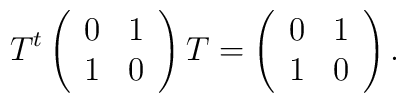
T^{t}\left (\begin{array}{cc}0 & 1\\ 1 & 0 \end{array}\right )T=\left (\begin{array}{cc}0 & 1\\ 1 & 0 \end{array}\right ).